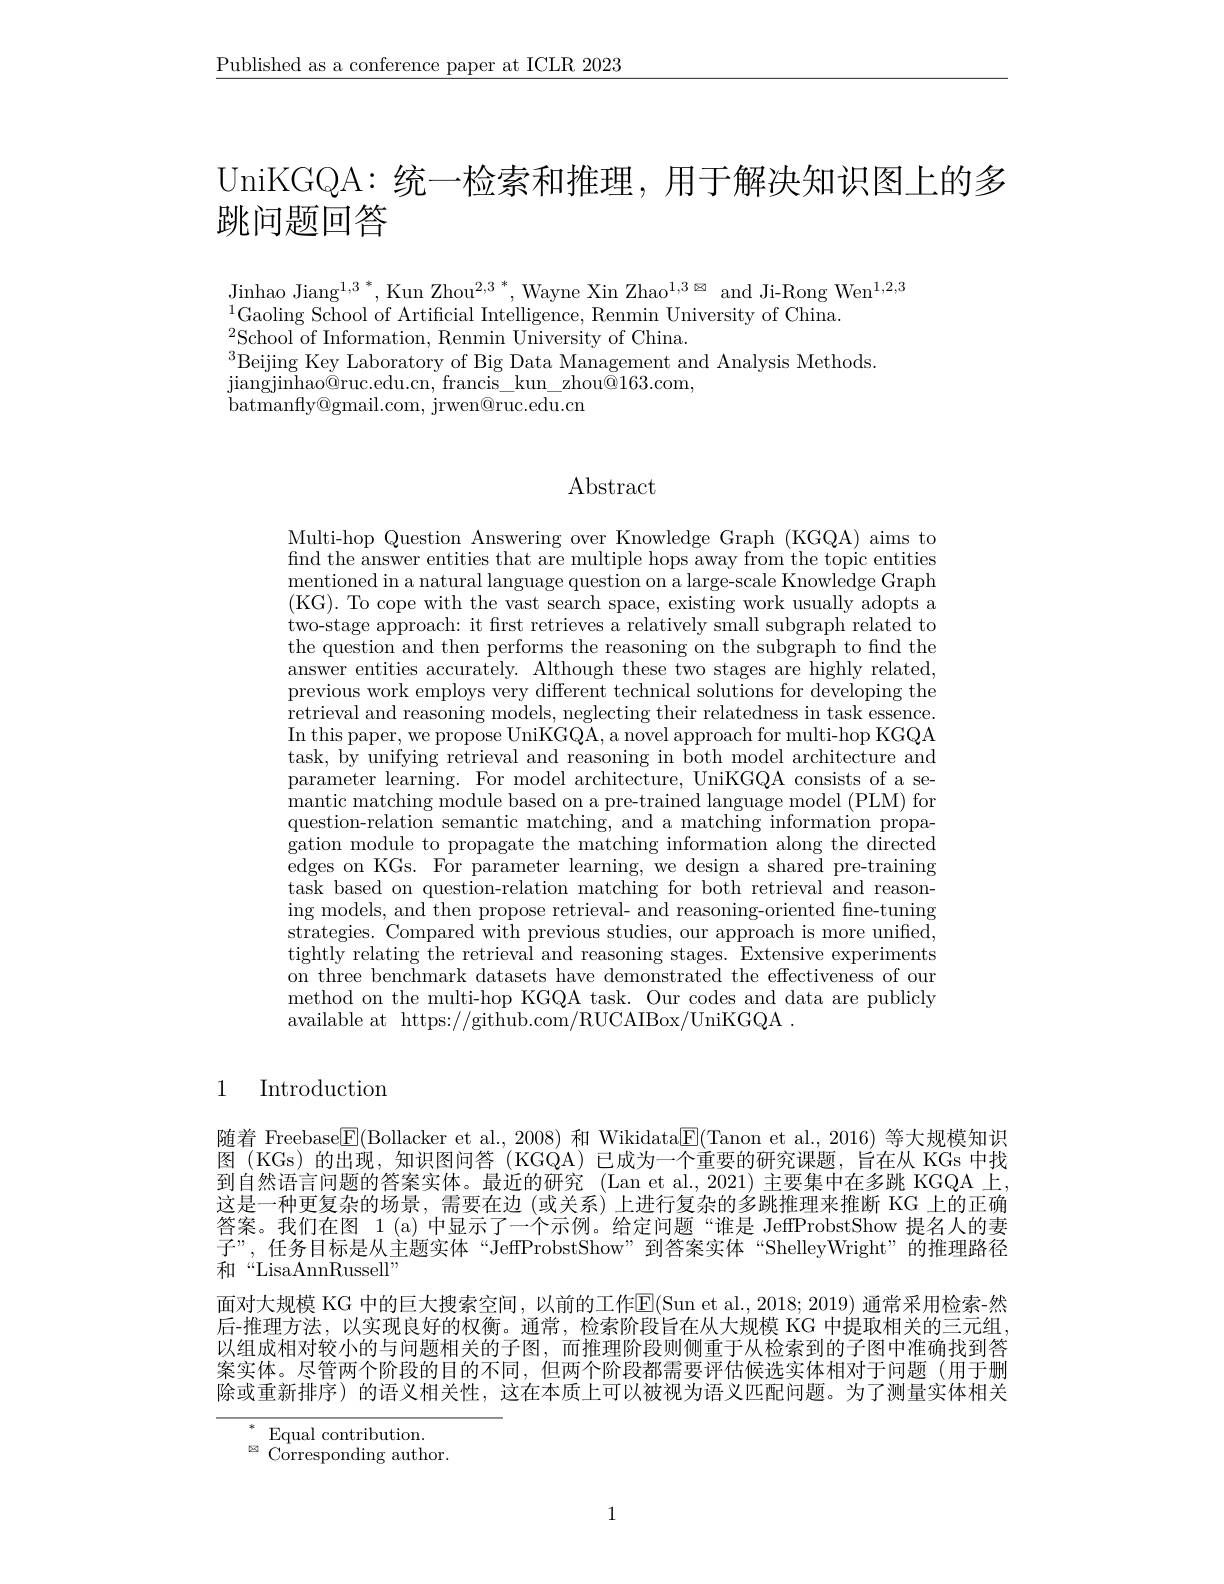
$\underline{\text{Published as a conference paper at ICLR 2023}}$

UniKGQA: 统一检索和推理，用于解决知识图上的多
跳问题回答

$^{1}$Gaoling School of Artificial Intelligence, Renmin University of China
$^{2}$School of Information, Renmin University of China.
$^{3}$Beijing Key Laboratory of Big Data Management and Analysis Methods.
$\mathop{\text{jiangjinhao@ruc.edu.cn, francis}}\underline{\mathrm{kun}}\underline{\mathrm{zhou@163.com}}$,
batmanfly@ gmail. com, jrwen@ ruc. edu. cn

### Abstract

Multi-hop Question Answering over Knowledge Graph (KGQA) aims to find the answer entities that are multiple hops away from the topic entities ${\mathrm{mentioned~in~a~natural~language~question~on~a~large-scale~Knowledge~Graph}}$ (KG). To cope with the vast search space, existing work usually adopts a two-stage approach: it frst retrieves a relatively small subgraph related to the question and then performs the reasoning on the subgraph to find the answer entities accurately. Although these two stages are highly related, previous work employs very different technical solutions for developing the retrieval and reasoning models, neglecting their relatedness in task essence. In this paper, we propose UniKGQA, a novel approach for multi-hop KGQA task, by unifying retrieval and reasoning in both model architecture and parameter learning. For model architecture, UniKGQA consists of a se- $\begin{array}{cc}\mathrm{mantic~matching~module~based~on~a~pre-trained~language~model~(PLM)~for}\\\end{array}$ question-relation semantic matching, and a matching information propagation module to propagate the matching information along the directed edges on KGs. For parameter learning, we design a shared pre-training task based on question-relation matching for both retrieval and reasoning models, and then propose retrieval- and reasoning-oriented fine-tuning strategies. Compared with previous studies, our approach is more uniffed, tightly relating the retrieval and reasoning stages. Extensive experiments on three benchmark datasets have demonstrated the effectiveness of our method on the multi-hop KGQA task. Our codes and data are publicly available at https://github.com/RUCAIBox/UniKGQA .

### 1 Introduction

随着 Freebase$\boxed{\mathrm{F}}($Bollacker et al., 2008) 和 Wikidata$\boxed{\mathrm{F}}($Tanon et al., 2016) 等大规模知识图 (KGs) 的出现，知识图问答 (KGQA)已成为一个重要的研究课题，旨在从 KGs 中找到自然语言问题的答案实体。最近的研究 (Lan et al.,2021) 主要集中在多跳 KGQA 上， 这是一种更复杂的场景，需要在边 (或关系) 上进行复杂的多跳推理来推断 KG 上的正确答案。我们在图 1(a)中显示了一个示例。给定问题“谁是 JeffProbstShow 提名人的妻子”, 任务目标是从主题实体“JeffProbstShow”到答案实体“ShelleyWright”的推理路径和“LisaAnnRussell”
面对大规模 KG 中的巨大搜索空间，以前的工作E(Sun et al., 2018; 2019) 通常采用检索-然后-推理方法，以实现良好的权衡。通常，检索阶段旨在从大规模 KG 中提取相关的三元组， 以组成相对较小的与问题相关的子图，而推理阶段则侧重于从检索到的子图中准确找到答案实体。尽管两个阶段的目的不同，但两个阶段都需要评估候选实体相对于问题(用于删除或重新排序) 的语义相关性，这在本质上可以被视为语义匹配问题。为了测量实体相关

$\begin{array}{ll}{*}&{\mathrm{Equal~contribution.}}\\{\otimes}&{\mathrm{Corresponding~author.}}\end{array}$